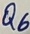
Text: Q6